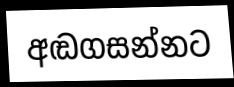
අඬගසන්නට